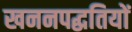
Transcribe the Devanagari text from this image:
खननपद्धतियों